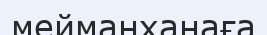
мейманханаға